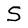
Character: S